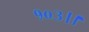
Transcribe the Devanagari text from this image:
१०३।।